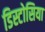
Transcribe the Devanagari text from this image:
डिस्टोसिया